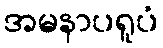
အမနာပရူပံ